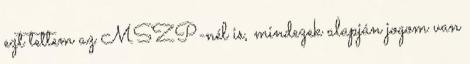
ezt tettem az MSZP-nél is, mindezek alapján jogom van